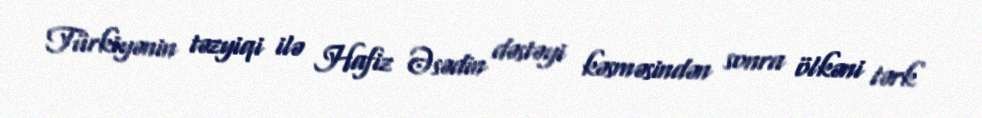
Türkiyənin təzyiqi ilə Hafiz Əsədin dəstəyi kəsməsindən sonra ölkəni tərk